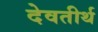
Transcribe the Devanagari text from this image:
देवतीर्थ